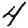
Digit: 4